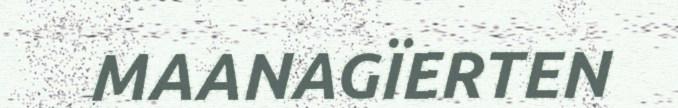
MAANAGÏERTEN